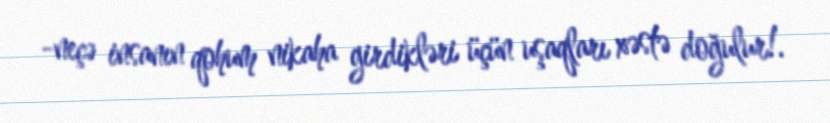
-neçə insanın qohum nikaha girdikləri üçün uşaqları xəstə doğulur!.